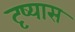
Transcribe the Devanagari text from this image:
दृष्यास